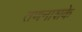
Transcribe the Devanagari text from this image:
तणनाशके